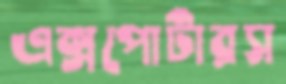
এক্সপোর্টারস